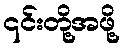
၎င်းတို့အဖို့